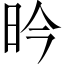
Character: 昑